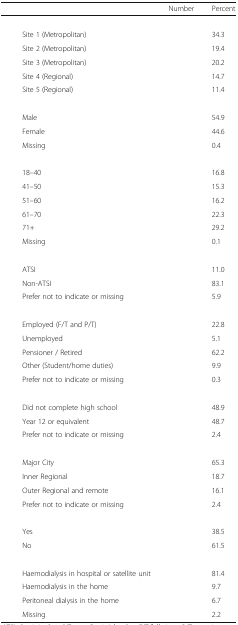
<table><thead><tr><td colspan="2">[EMPTY_CELL]</td><td><b>Number</b></td><td><b>Percent</b></td></tr></thead><tbody><tr><td colspan="4">[EMPTY_CELL]</td></tr><tr><td>[EMPTY_CELL]</td><td>Site 1 (Metropolitan)</td><td>[EMPTY_CELL]</td><td>34.3</td></tr><tr><td>[EMPTY_CELL]</td><td>Site 2 (Metropolitan)</td><td>[EMPTY_CELL]</td><td>19.4</td></tr><tr><td>[EMPTY_CELL]</td><td>Site 3 (Metropolitan)</td><td>[EMPTY_CELL]</td><td>20.2</td></tr><tr><td>[EMPTY_CELL]</td><td>Site 4 (Regional)</td><td>[EMPTY_CELL]</td><td>14.7</td></tr><tr><td>[EMPTY_CELL]</td><td>Site 5 (Regional)</td><td>[EMPTY_CELL]</td><td>11.4</td></tr><tr><td colspan="4">[EMPTY_CELL]</td></tr><tr><td>[EMPTY_CELL]</td><td>Male</td><td>[EMPTY_CELL]</td><td>54.9</td></tr><tr><td>[EMPTY_CELL]</td><td>Female</td><td>[EMPTY_CELL]</td><td>44.6</td></tr><tr><td>[EMPTY_CELL]</td><td>Missing</td><td>[EMPTY_CELL]</td><td>0.4</td></tr><tr><td colspan="4">[EMPTY_CELL]</td></tr><tr><td>[EMPTY_CELL]</td><td>18–40</td><td>[EMPTY_CELL]</td><td>16.8</td></tr><tr><td>[EMPTY_CELL]</td><td>41–50</td><td>[EMPTY_CELL]</td><td>15.3</td></tr><tr><td>[EMPTY_CELL]</td><td>51–60</td><td>[EMPTY_CELL]</td><td>16.2</td></tr><tr><td>[EMPTY_CELL]</td><td>61–70</td><td>[EMPTY_CELL]</td><td>22.3</td></tr><tr><td>[EMPTY_CELL]</td><td>71+</td><td>[EMPTY_CELL]</td><td>29.2</td></tr><tr><td>[EMPTY_CELL]</td><td>Missing</td><td>[EMPTY_CELL]</td><td>0.1</td></tr><tr><td colspan="4">[EMPTY_CELL]</td></tr><tr><td>[EMPTY_CELL]</td><td>ATSI</td><td>[EMPTY_CELL]</td><td>11.0</td></tr><tr><td>[EMPTY_CELL]</td><td>Non-ATSI</td><td>[EMPTY_CELL]</td><td>83.1</td></tr><tr><td>[EMPTY_CELL]</td><td>Prefer not to indicate or missing</td><td>[EMPTY_CELL]</td><td>5.9</td></tr><tr><td colspan="4">[EMPTY_CELL]</td></tr><tr><td>[EMPTY_CELL]</td><td>Employed (F/T and P/T)</td><td>[EMPTY_CELL]</td><td>22.8</td></tr><tr><td>[EMPTY_CELL]</td><td>Unemployed</td><td>[EMPTY_CELL]</td><td>5.1</td></tr><tr><td>[EMPTY_CELL]</td><td>Pensioner / Retired</td><td>[EMPTY_CELL]</td><td>62.2</td></tr><tr><td>[EMPTY_CELL]</td><td>Other (Student/home duties)</td><td>[EMPTY_CELL]</td><td>9.9</td></tr><tr><td>[EMPTY_CELL]</td><td>Prefer not to indicate or missing</td><td>[EMPTY_CELL]</td><td>0.3</td></tr><tr><td colspan="4">[EMPTY_CELL]</td></tr><tr><td>[EMPTY_CELL]</td><td>Did not complete high school</td><td>[EMPTY_CELL]</td><td>48.9</td></tr><tr><td>[EMPTY_CELL]</td><td>Year 12 or equivalent</td><td>[EMPTY_CELL]</td><td>48.7</td></tr><tr><td>[EMPTY_CELL]</td><td>Prefer not to indicate or missing</td><td>[EMPTY_CELL]</td><td>2.4</td></tr><tr><td colspan="4">[EMPTY_CELL]</td></tr><tr><td>[EMPTY_CELL]</td><td>Major City</td><td>[EMPTY_CELL]</td><td>65.3</td></tr><tr><td>[EMPTY_CELL]</td><td>Inner Regional</td><td>[EMPTY_CELL]</td><td>18.7</td></tr><tr><td>[EMPTY_CELL]</td><td>Outer Regional and remote</td><td>[EMPTY_CELL]</td><td>16.1</td></tr><tr><td>[EMPTY_CELL]</td><td>Prefer not to indicate or missing</td><td>[EMPTY_CELL]</td><td>2.4</td></tr><tr><td colspan="4">[EMPTY_CELL]</td></tr><tr><td>[EMPTY_CELL]</td><td>Yes</td><td>[EMPTY_CELL]</td><td>38.5</td></tr><tr><td>[EMPTY_CELL]</td><td>No</td><td>[EMPTY_CELL]</td><td>61.5</td></tr><tr><td colspan="4">[EMPTY_CELL]</td></tr><tr><td>[EMPTY_CELL]</td><td>Haemodialysis in hospital or satellite unit</td><td>[EMPTY_CELL]</td><td>81.4</td></tr><tr><td>[EMPTY_CELL]</td><td>Haemodialysis in the home</td><td>[EMPTY_CELL]</td><td>9.7</td></tr><tr><td>[EMPTY_CELL]</td><td>Peritoneal dialysis in the home</td><td>[EMPTY_CELL]</td><td>6.7</td></tr><tr><td>[EMPTY_CELL]</td><td>Missing</td><td>[EMPTY_CELL]</td><td>2.2</td></tr></tbody></table>